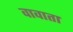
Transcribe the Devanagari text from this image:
वावाता